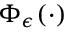
\Phi _ { \epsilon } ( \cdot )